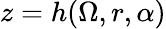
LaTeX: z=h(\Omega,r,\alpha)